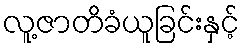
လူ့ဇာတိခံယူခြင်းနှင့်